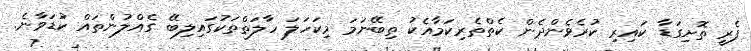
ފެރީ ތޮށިގަޑާ ކައިރި ކުރެވެންދެން ކެތްތެރިކަމާއެކު ތިބޭނަމަ މިކަހަލަ ހާލަތްތަކުގައިލިބޭ ގެއްލުންތައް ކުޑަވާނެ.